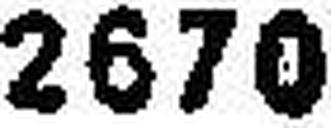
2670